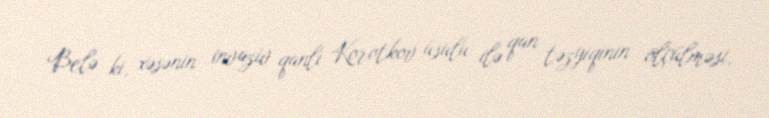
Belə ki, xəsənin invaziv qanlı Korotkov üsulu ilə qan təzyiqinin ölçülməsi,